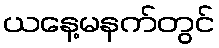
ယနေ့မနက်တွင်